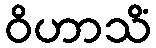
ဝိဟာသိံ